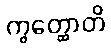
ကွတ္ထောတိ